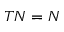
T N = N